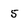
Character: 5